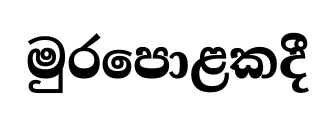
මුරපොළකදී